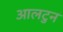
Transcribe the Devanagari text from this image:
आलटुन